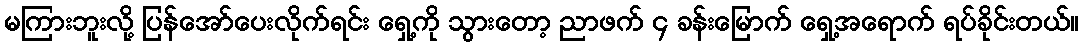
မကြားဘူးလို့ ပြန်အော်ပေးလိုက်ရင်း ရှေ့ကို သွားတော့ ညာဖက် ၄ ခန်းမြောက် ရှေ့အရောက် ရပ်ခိုင်းတယ်။